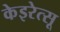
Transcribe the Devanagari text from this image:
केइरेत्सू